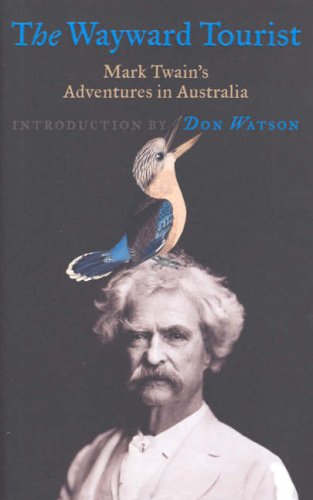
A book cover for The Wayward Tourist: Mark Twain's Adventure in Australia; Mark Twain; Biographies & Memoirs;